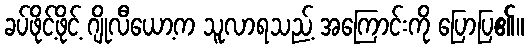
ခပ်ဖိုင့်ဖိုင့် ဂျိုလီယော့က သူလာရသည့် အကြောင်းကို ပြောပြ၏။